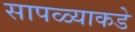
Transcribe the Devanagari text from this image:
सापळ्याकडे